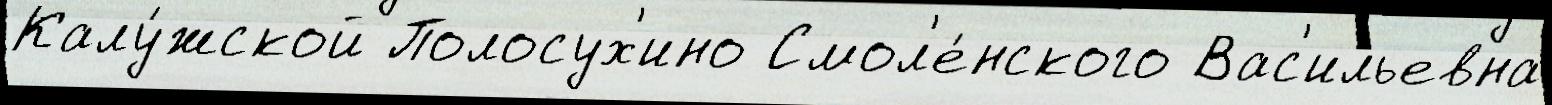
Калу́жской Полосух'ино Смол'е́нского Вас'ильевна